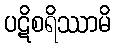
ပဋိစရိဿာမိ